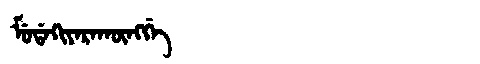
Manchu: ᠮᡠᡩᠠᡴᡳᠶᠠᡵᠠᡴᡡᠩᡤᡝ
Romanization: MUDAKIYARAKŪNGGE